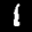
Label: 1